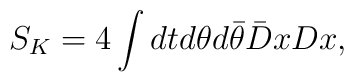
S_K=4\int dtd\theta d\bar{\theta}\bar D xD x,